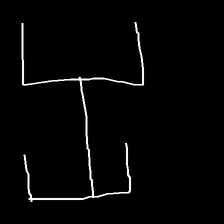
Glyph: entwine